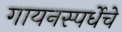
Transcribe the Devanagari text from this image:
गायनस्पर्धेचे